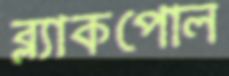
ব্ল্যাকপোল